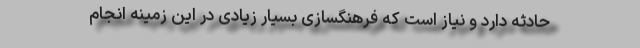
حادثه دارد و نیاز است که فرهنگسازی بسیار زیادی در این زمینه انجام